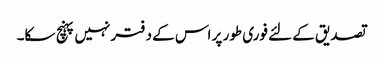
تصدیق کے لئے فوری طور پر اس کے دفتر نہیں پہنچ سکا۔